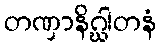
တဏှာနိဂ္ဃါတနံ